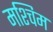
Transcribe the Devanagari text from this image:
मश्चिम